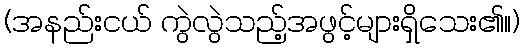
(အနည်းငယ် ကွဲလွဲသည့်အဖွင့်များရှိသေး၏။)